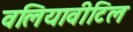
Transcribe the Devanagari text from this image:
वलियावीटिल